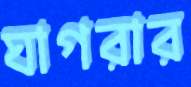
ঘাগরার